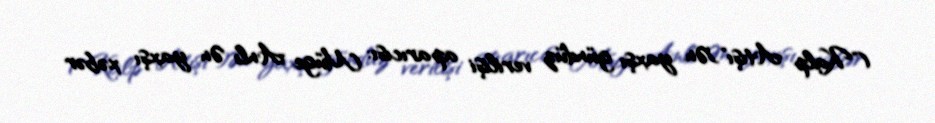
("Kalp Atışı")Ən yaxşı gündüz verilişi aparıcısı: Müge Anlı Ən yaxşı xəbər